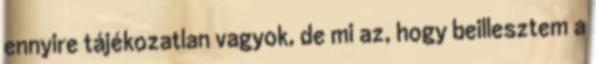
ennyire tájékozatlan vagyok, de mi az, hogy beillesztem a